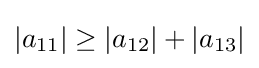
|a_{11}|\geq |a_{12}|+|a_{13}|